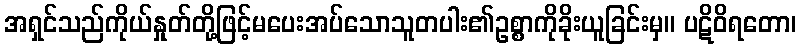
အရှင်သည်ကိုယ်နှုတ်တို့ဖြင့်မပေးအပ်သောသူတပါး၏ဥစ္စာကိုခိုးယူခြင်းမှ။ ပဋိဝိရတော၊